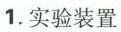
1.实验装置